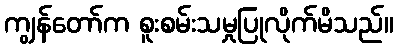
ကျွန်တော်က စူးစမ်းသမှုပြုလိုက်မိသည်။